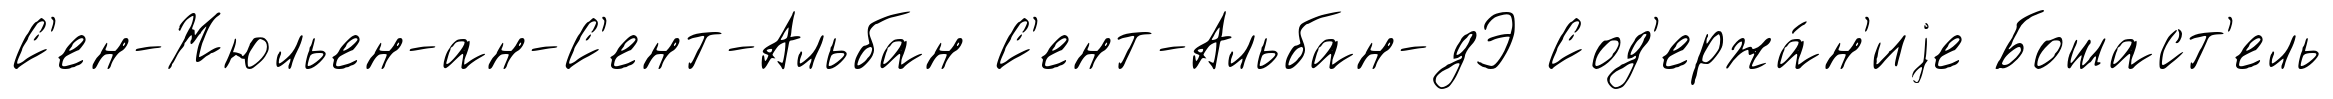
С'ен-Жюльен-ан-С'ент-Альбан С'ент-Альбан-дЭ Сод'ержа́н'иjе Бошаст'ель